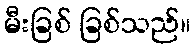
မီးခြစ် ခြစ်သည်။